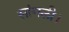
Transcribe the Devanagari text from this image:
सांगली।